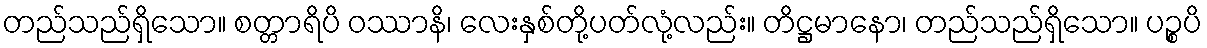
တည်သည်ရှိသော။ စတ္တာရိပိ ဝဿာနိ၊ လေးနှစ်တို့ပတ်လုံ့လည်း။ တိဋ္ဌမာနော၊ တည်သည်ရှိသော။ ပဉ္စပိ